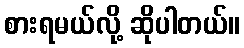
စားရမယ်လို့ ဆိုပါတယ်။